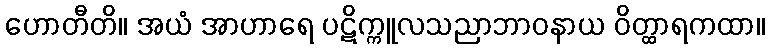
ဟောတီတိ။ အယံ အာဟာရေ ပဋိက္ကူလသညာဘာဝနာယ ဝိတ္ထာရကထာ။